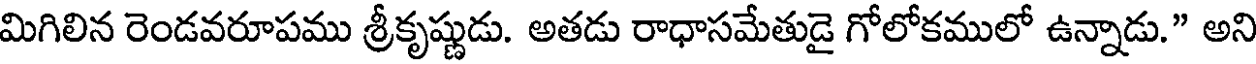
మిగిలిన రెండవరూపము శ్రీకృష్ణుడు. అతడు రాధాసమేతుడై గోలోకములో ఉన్నాడు." అని